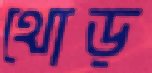
থোড়